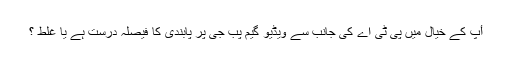
أپ کے خیال میں پی ٹی اے کی جانب سے ویڈیو گیم پب جی پر پابندی کا فیصلہ درست ہے یا غلط ؟